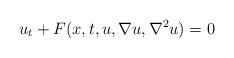
LaTeX: \begin{align*} u_t+F(x, t, u, \nabla u, \nabla^2 u)=0\end{align*}